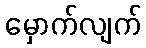
မှောက်လျက်